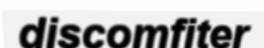
discomfiter